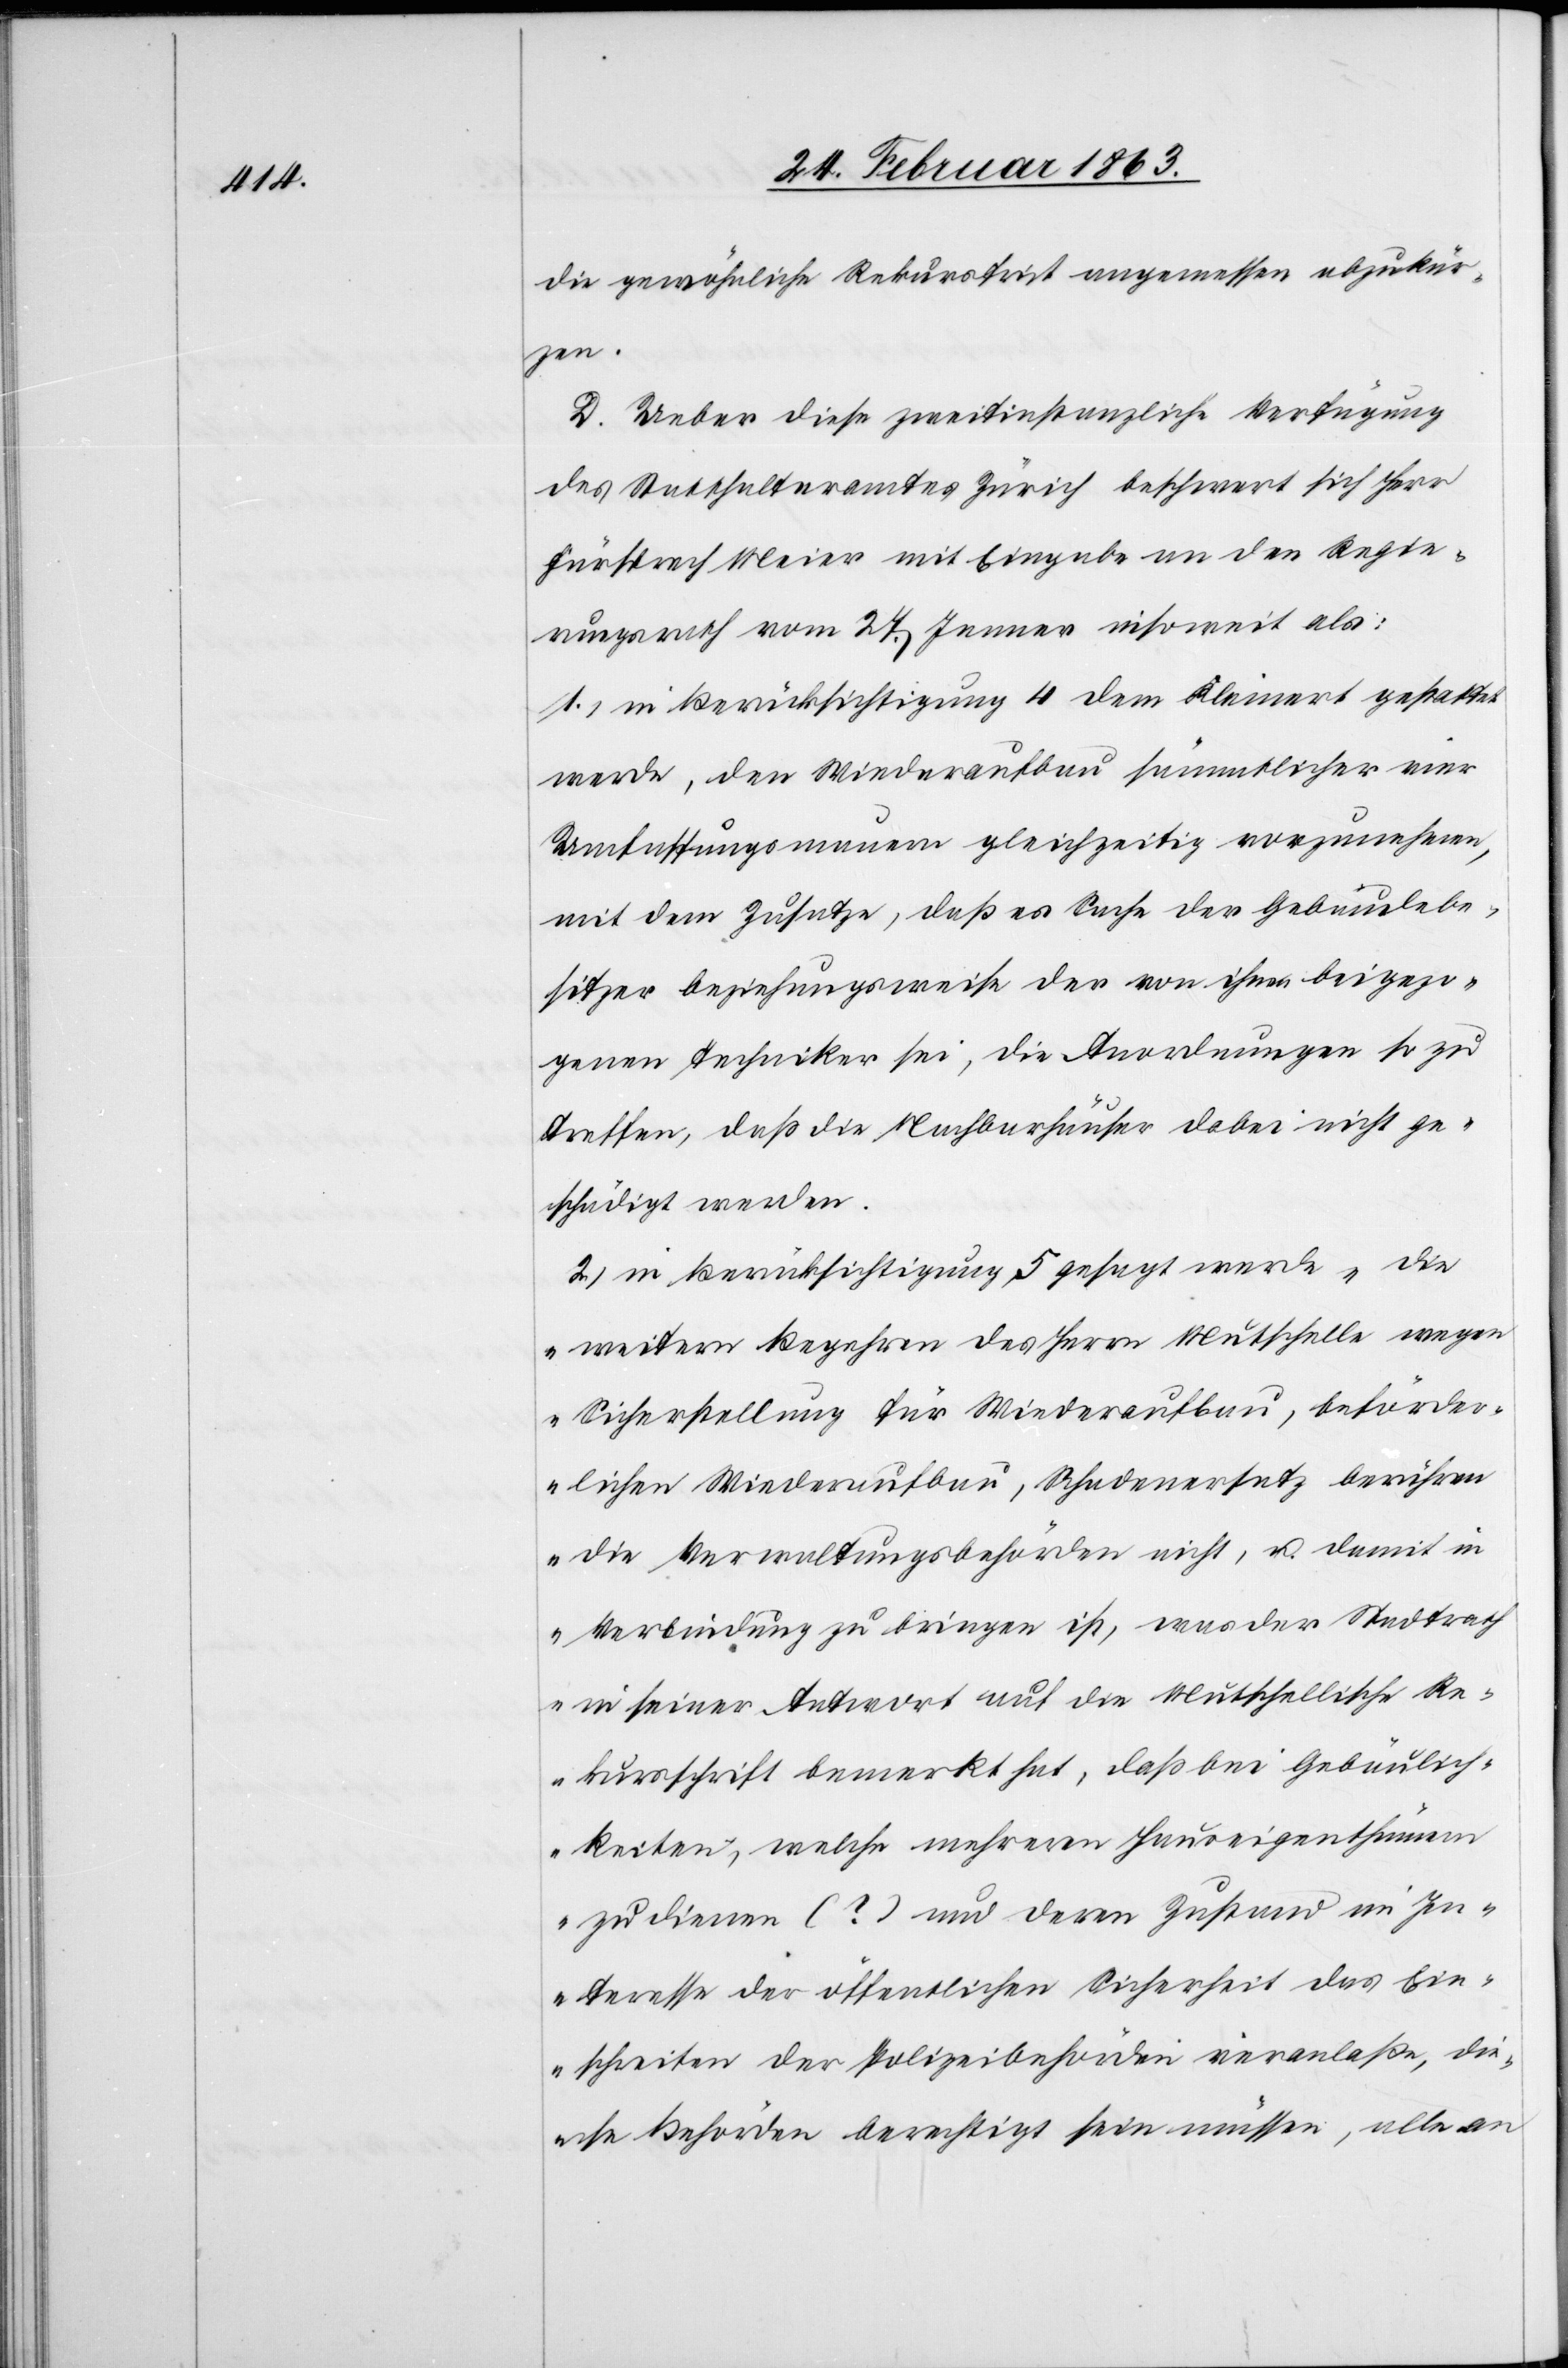
die gewöhnliche Rekursfrist angemessen abzukür¬
zen.
D. Ueber diese zweitinstanzliche Verfügung
des Statthalteramtes Zürich beschwert sich Herr
Fürsprech Meier mit Eingabe an den Regie¬
rungsrath vom 27. Jenner insoweit als:
1.) in Berücksichtigung 4 dem Kleinert gestattet
werde, den Wiederaufbau sämmtlicher vier
Umfassungsmauern gleichzeitig vorzunehmen,
mit dem Zusatze, daß es Sache der Gebäudebe¬
sitzer beziehungsweise der von ihnen beigezo¬
genen Techniker sei, die Anordnungen so zu
treffen, daß die Nachbarhäuser dabei nicht ge¬
schädigt werden.
2.) in Berücksichtigung 5 gesagt werde „die
weitern Begehren des Herrn Mutschelle wegen
Sicherstellung für Wiederaufbau, beförder¬
lichen Wiederaufbau, Schadenersatz berühren
die Verwaltungsbehörden nicht, u. damit in
Verbindung zu bringen ist, was der Stadtrath
in seiner Antwort auf die Mutschellische Re¬
kursschrift bemerkt hat, daß bei Gebäulich¬
keiten, welche mehreren Hauseigenthümern
zudienen (?) und deren Zustand im In¬
teresse der öffentlichen Sicherheit das Ein¬
schreiten der Polizeibehörden veranlaße, die¬
se Behörden berechtigt sein müssen, alle an